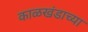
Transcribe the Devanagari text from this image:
काळखंडाच्या